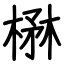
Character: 楙